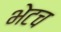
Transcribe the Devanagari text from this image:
भेटच